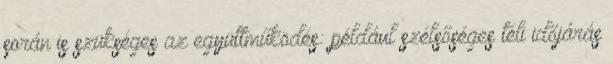
során is szükséges az együttműködés: például szélsőséges téli időjárás